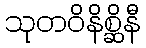
သုတဝိနိစ္ဆိနီ